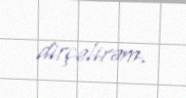
dirçəlirəm.